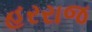
હરરાજ